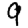
Digit: 9